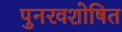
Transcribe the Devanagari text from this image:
पुनरवशोषित